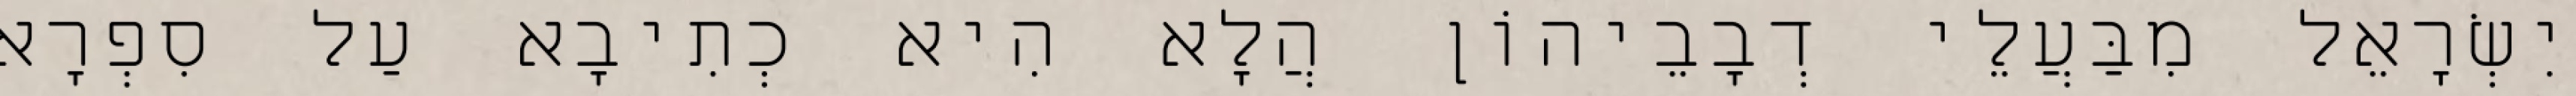
יִשְׂרָאֵל מִבַּעֲלֵי דְבָבֵיהוֹן הֲלָא הִיא כְתִיבָא עַל סִפְרָא